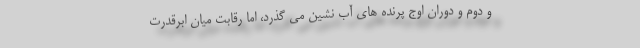
و دوم و دوران اوج پرنده های آب نشین می گذرد، اما رقابت میان ابرقدرت